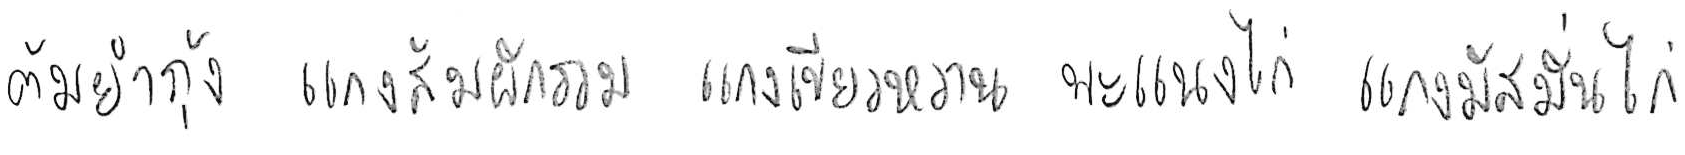
ต้มยำกุ้ง แกงส้มผักรวม แกงเขียวหวาน พะแนงไก่ แกงมัสมั่นไก่